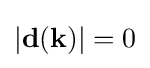
|\mathbf {d} (\mathbf {k} )|=0